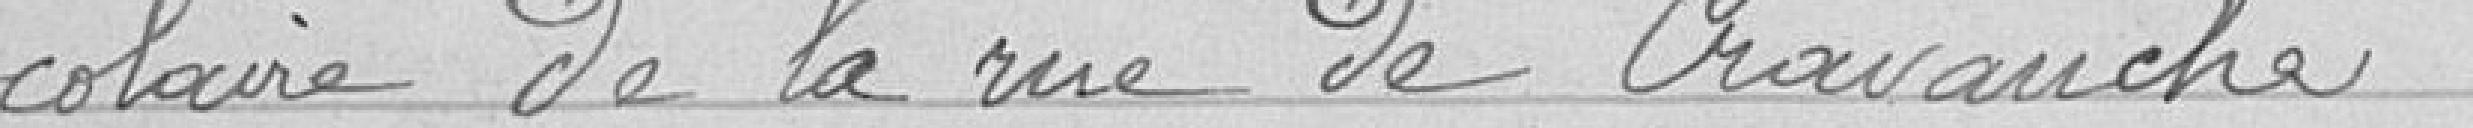
scolaire de la rue de Cravanche.